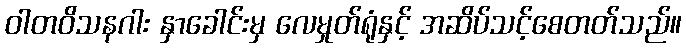
ဝါတဝိသနဂါး နှာခေါင်းမှ လေမှုတ်ရုံနှင့် အဆိပ်သင့်စေတတ်သည်။